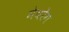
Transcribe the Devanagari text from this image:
मेयरेंग